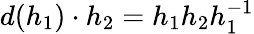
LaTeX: d(h_{1})\cdot h_{2}=h_{1}h_{2}h_{1}^{-1}